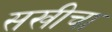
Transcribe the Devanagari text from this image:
सखीचा